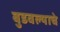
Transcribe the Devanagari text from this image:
बुडवल्याचे